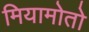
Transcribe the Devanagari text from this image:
मियामोतो